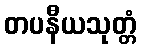
တပနီယသုတ္တံ